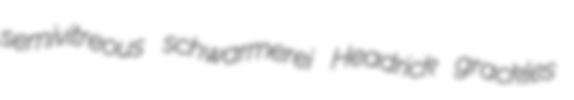
semivitreous schwarmerei Headrick grackles